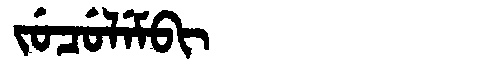
Manchu: ᠵᡠᠴᡠᠯᡝᠮᠪᡳ
Romanization: JUCULEMBI